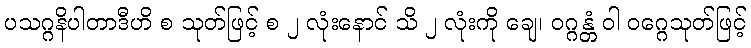
ပသဂ္ဂနိပါတာဒီဟိ စ သုတ်ဖြင့် စ ၂ လုံးနောင် သိ ၂ လုံးကို ချေ၊ ဝဂ္ဂန္တံ ဝါ ဝဂ္ဂေသုတ်ဖြင့်